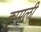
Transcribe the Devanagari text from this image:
कुप्पली